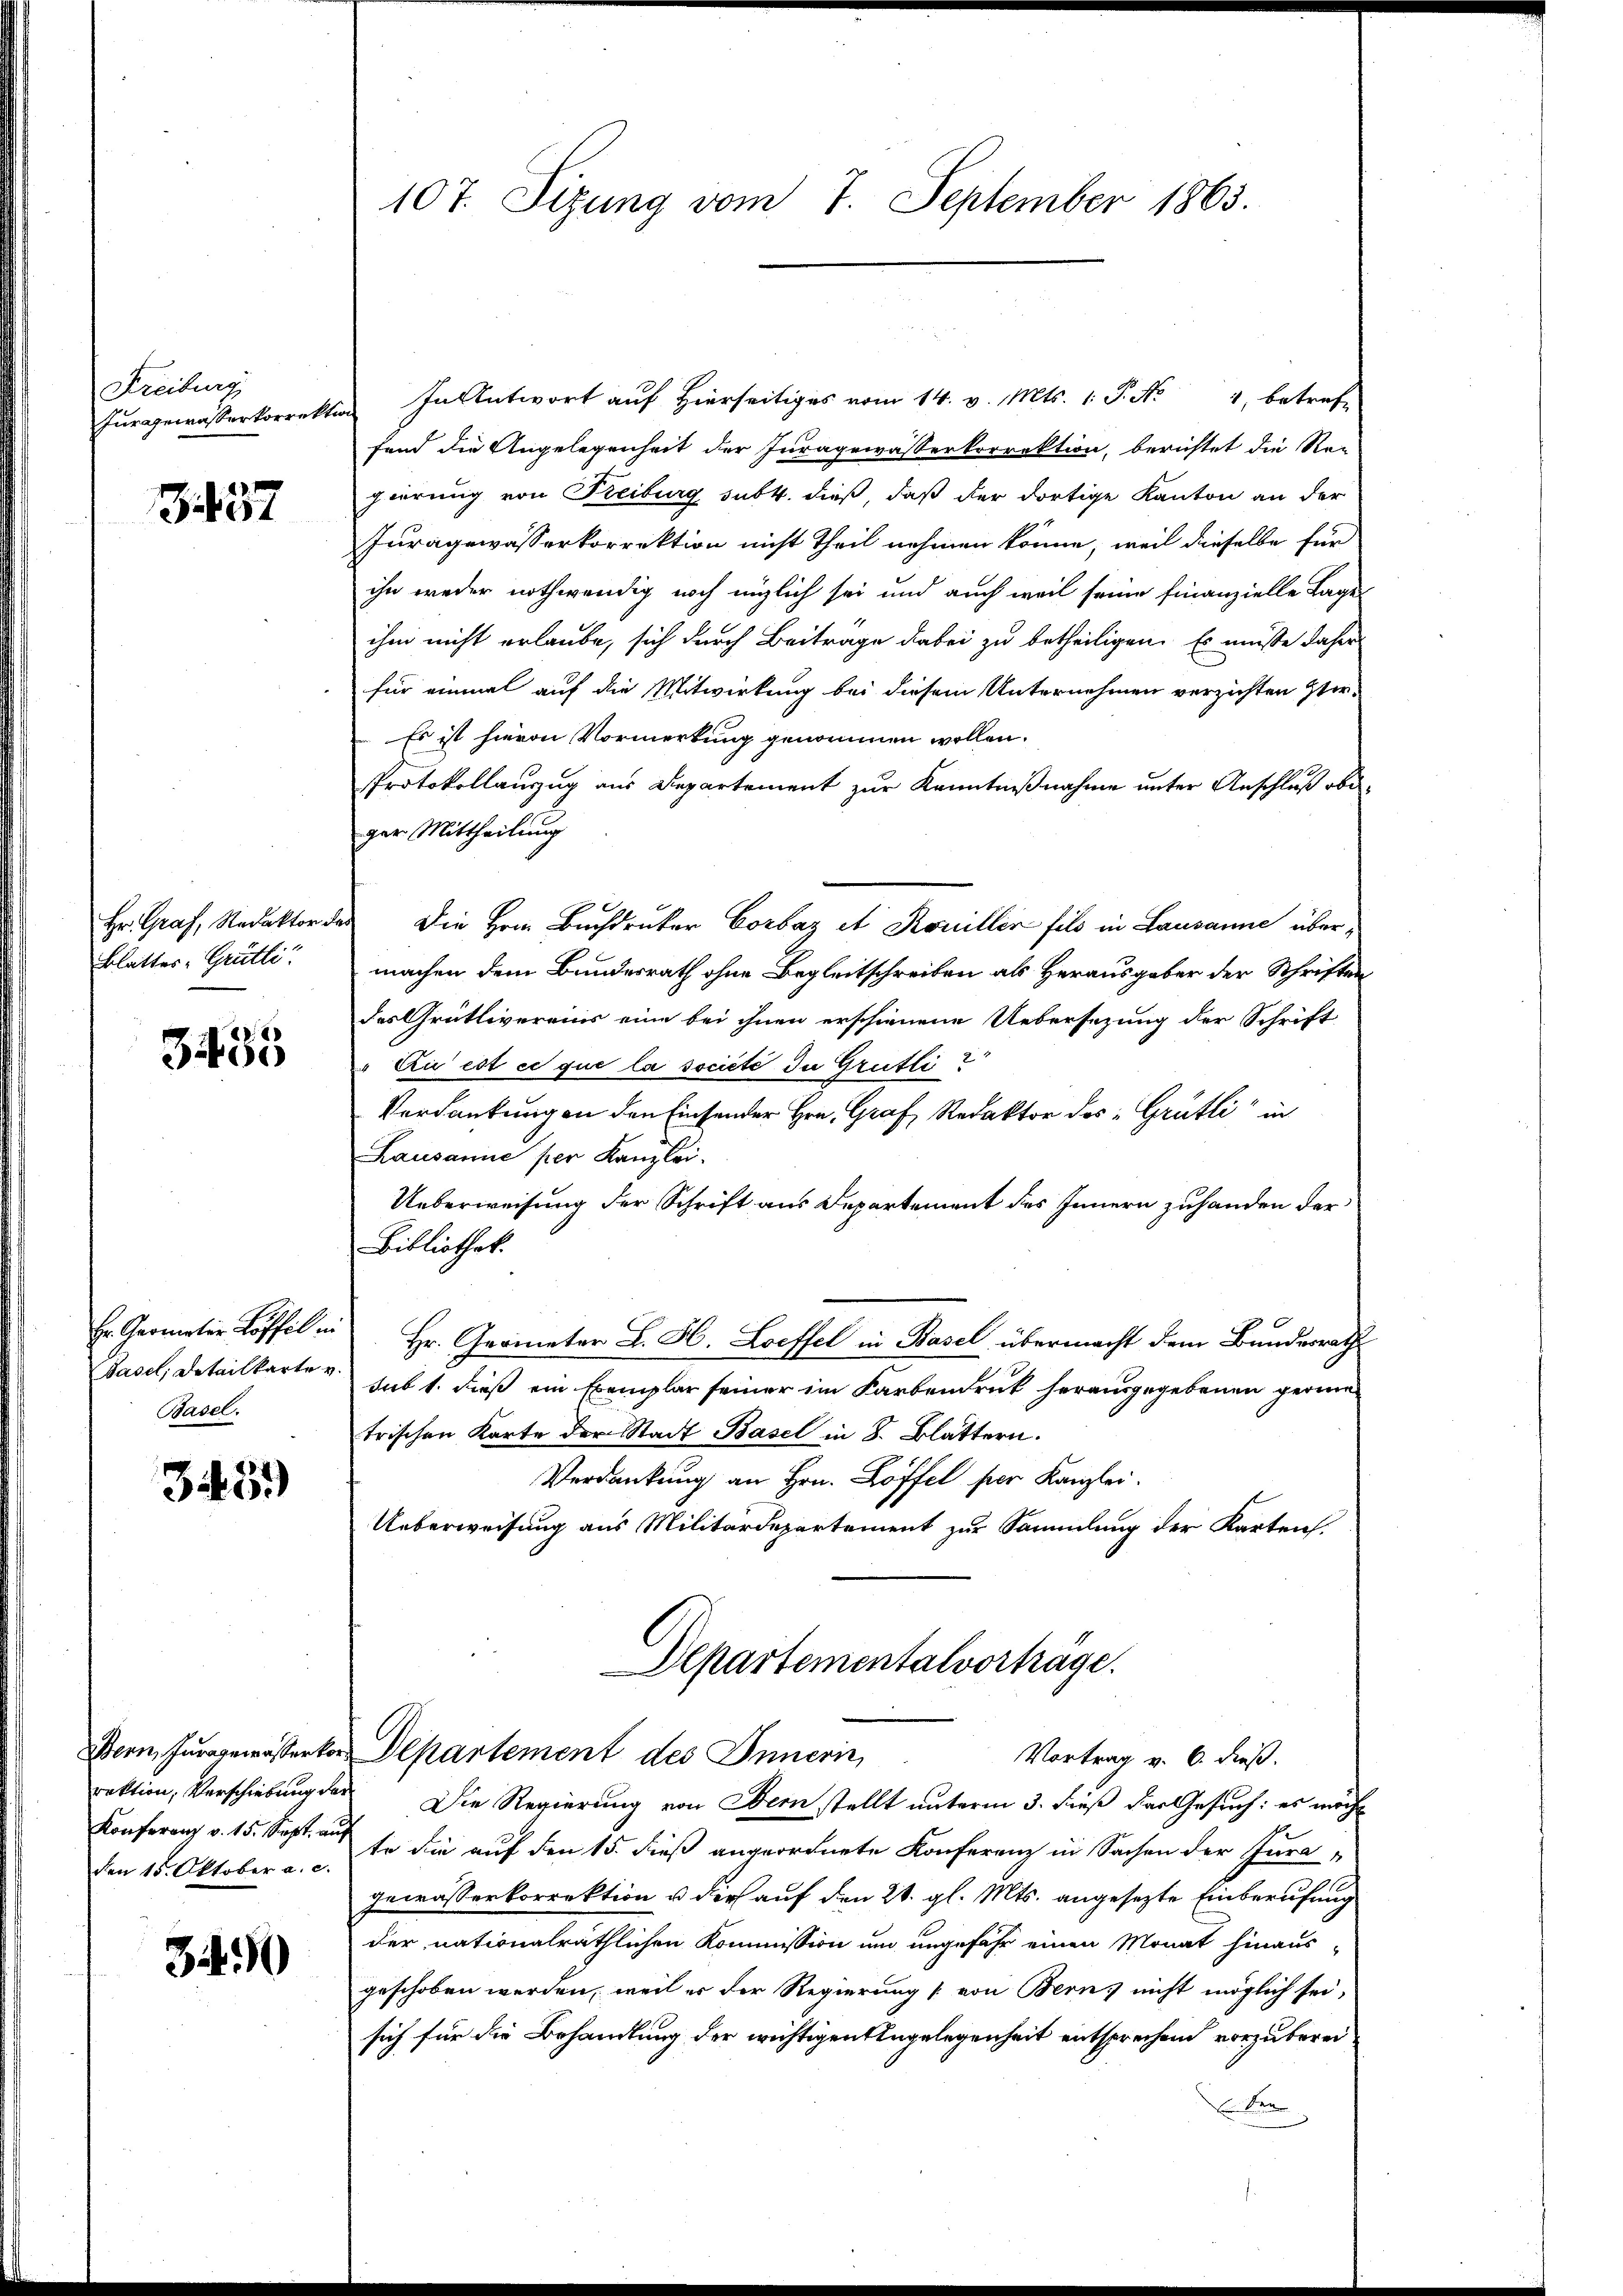
Freiburg
Furggewasserkorrekte

3. 437

Hr. Graf, Redaktor d
Blatter, Grütli

3435

Hr. Geometer Löffel in
Basel, Detailkarte v.
Basel.

3.4.5.)

rektion, Verschiebung der
den 15. Oktober a. c.

34

107. Sizung vom 7. September 1863.

In Antwort auf Hierseitiges vom 14. v. Mts. 1. P. Nr. 4, betref-
fend die Angelegenheit der Juragewässerkorrektion, berichtet die Re-
gierung von Freiburg subt. dieß, daß der dortige Kanton an der
Juragewasserkorrektion nicht Theil nehmen könne, weil dieselbe für
ihn weder nothwendig noch möglich sei und auch weil seine finanzielle Tage
ihm nicht erlaube, sich durch Beitrage dabei zu betheiligen. Es müsse daher
für einmal auf die Mitwirkung bei diesem Unternehmen verzichten Ver-
Es ist hievon Vormerkung genommen wollen.
Protokollauszug aus Departement zur Kenntnißnahme unter Anschluß obiger Mittheilung
Die Hern Buchdruker Corbaz et Rouiller fils in Lausanne übermachen dem Bundesrath ohne Begleitschreiben als Herausgaber der Schriften
des Grütlivereins eine bei ihnen erschienene Uebersezung der Schrift
Au est ce que la societe du Grutti
Verdankungen den Einsender Hrn. Graf, Redaktor des „Grütli in
Lausanne per Kanzlei.
Ueberweisung der Schrift aus Departement des Innern zuhanden der¬
Bibliothek.
Hr. Geometer L. H. Loeffel in Basel übermacht dem Bundesrath
sub 1. dieß ein Exemplar seiner im Farbendruck herausgegebenen gerinn
trischen Karte der Stadt Basel in S. Blättern.
Verdankung an Hrn. Löffel per Kanzlei.
Ueberweisung aus Militärdepartement zur Sammlung der Karten.
Departementalvorträge.

Bern, zugewässerker Departement des Innern,

Vortrag v. 6. dieß.

Die Regierung von Bern stellt unterm 3. dieß das Gesuch: es möcht
Konferenz v. 15. Sept. a so die auf den 15. dieß angeordnete Konferenz in Sachen der Juragewässerkorrektion u. dir auf den 21. gl. Mts. angesezte Einberufung
der nationalräthlichen Kommission um ungefähr einen Monat hinaus-
geschoben werden, weil er der Regierung [von Bern, nicht möglich sei,
sich für die Behandlung der wichtigen Angelegenheit entsprechend vorzuberei¬
 San